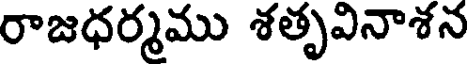
రాజధర్మము శతృవినాశన